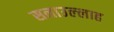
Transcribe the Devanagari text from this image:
सनाउल्‍लाह